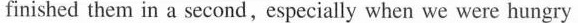
finished them in a second,especially when we were hungry